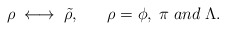
\begin{align*}\rho \; \longleftrightarrow \; \tilde{\rho}, \;\;\;\;\;\; \rho = \phi, \; \pi \; and \; \Lambda . \end{align*}